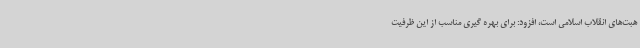
هبت‌های انقلاب اسلامی است، افزود: برای بهره گیری مناسب از این ظرفیت